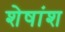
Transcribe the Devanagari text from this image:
शेषांश